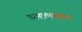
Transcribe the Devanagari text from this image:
परमात्मप्रकाश